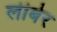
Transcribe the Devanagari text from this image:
लीबेर